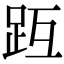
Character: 𧿟